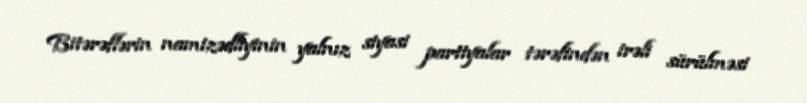
Bitərəflərin namizədliyinin yalnız siyasi partiyalar tərəfindən irəli sürülməsi